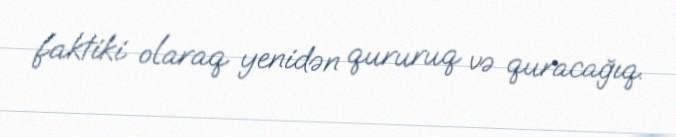
faktiki olaraq yenidən qururuq və quracağıq.